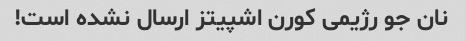
نان جو رژیمی کورن اشپیتز ارسال نشده است!